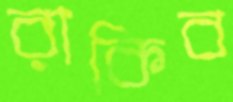
রাকিব